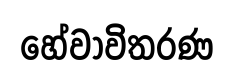
හේවාවිතරණ